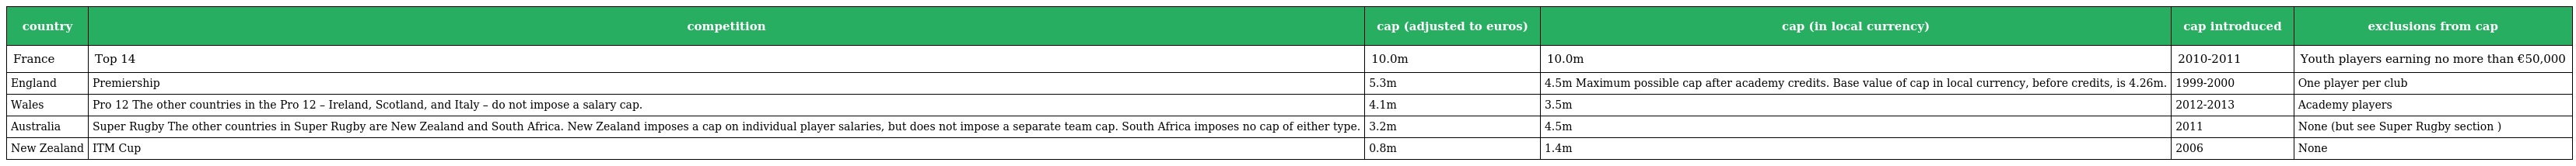
| country | competition | cap (adjusted to euros) | cap (in local currency) | cap introduced | exclusions from cap |
 | --- | --- | --- | --- | --- | --- |
 | France | Top 14 | 10.0m | 10.0m | 2010-2011 | Youth players earning no more than €50,000 |
 | England | Premiership | 5.3m | 4.5m Maximum possible cap after academy credits. Base value of cap in local currency, before credits, is 4.26m. | 1999-2000 | One player per club |
 | Wales | Pro 12 The other countries in the Pro 12 – Ireland, Scotland, and Italy – do not impose a salary cap. | 4.1m | 3.5m | 2012-2013 | Academy players |
 | Australia | Super Rugby The other countries in Super Rugby are New Zealand and South Africa. New Zealand imposes a cap on individual player salaries, but does not impose a separate team cap. South Africa imposes no cap of either type. | 3.2m | 4.5m | 2011 | None (but see Super Rugby section ) |
 | New Zealand | ITM Cup | 0.8m | 1.4m | 2006 | None |